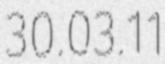
30.03.11